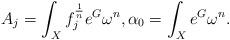
LaTeX: \begin{align*}A_j = \int_X f_j^\frac{1}{n} e^G \omega^n, \alpha_0 = \int_X e^G\omega^n .\end{align*}